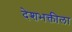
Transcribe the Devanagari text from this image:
देशभक्तीला